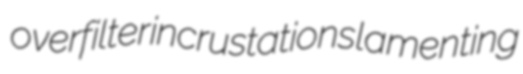
overfilter incrustations lamenting